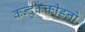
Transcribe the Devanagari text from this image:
कन्दुकक्रीडनो